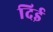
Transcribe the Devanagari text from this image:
दिई